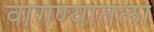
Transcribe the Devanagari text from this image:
वागण्यातला